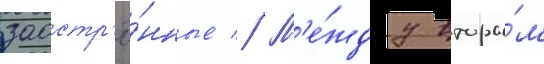
заостр'ё́нные // М'е́жду вторы́м